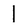
Character: 1